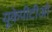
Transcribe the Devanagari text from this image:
यूकेपीटीओ